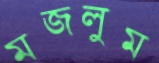
মজলুম